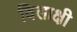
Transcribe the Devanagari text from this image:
विलाक्षी